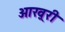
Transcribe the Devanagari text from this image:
आख़्ररी